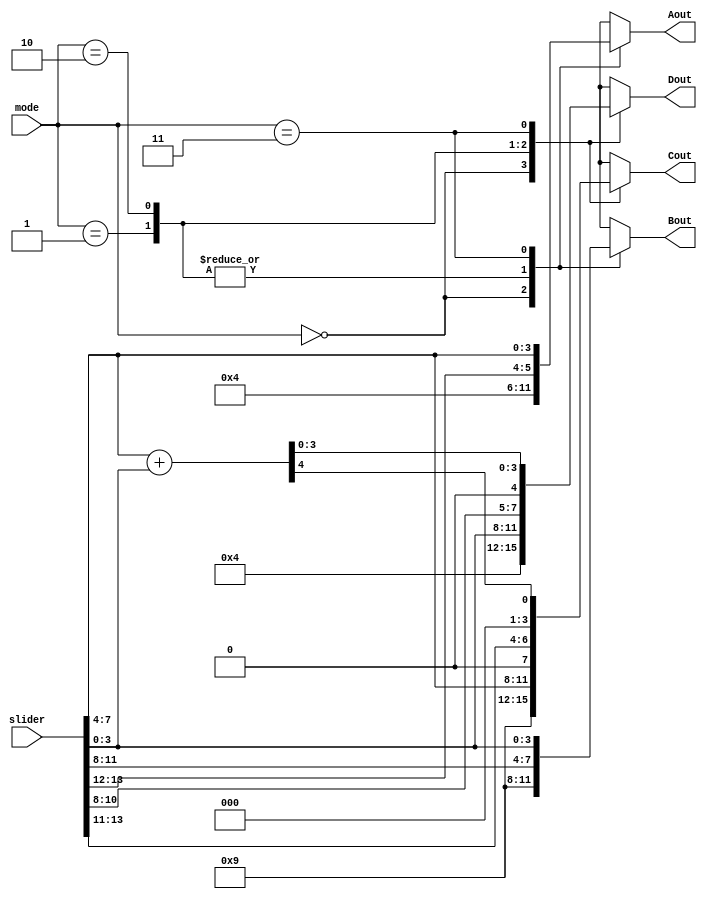
`timescale 1ns / 1ps
//////////////////////////////////////////////////////////////////////////////////
// Company: WPI
// 
// Design Name: Input Select
// Module Name: input_select
// Project Name: ECE 3829 Lab 1
// Target Devices: Basys 3 Board
// Tool Versions: 2021.1
// Description: 
// Input select for Lab 1 that contains pme 2=bit mode select input, one 14-bit slider value input, and four 4-bit display value input_select
// 4 different modes described in the lab are mapped to Mode 0, 1, 2 and 3
// Dependencies: 
// 
// Revision:
// Revision 0.01 - File Created
// Additional Comments:
// 
//////////////////////////////////////////////////////////////////////////////////


module input_select(
    input [1:0] mode,
    input [13:0] slider,
    output reg [3:0] Aout, // Left-most 7-seg display, A
    output reg [3:0] Bout, // 2nd 7-seg display, B
    output reg [3:0] Cout, // 3rd 7-seg display, C
    output reg [3:0] Dout // Right-most 7-seg display, D
    );
    
    reg [7:0] times2; // Register for mode 2 to keep output
    reg [4:0] sum; // Register for mode 3 to keep output
    
    always @ (*)
        case(mode)
        2'b00: // Mode 0: display last 4 of WPI ID
            begin
            Aout = 4'd1; // Display decimal values "1994"
            Bout = 4'd9;
            Cout = 4'd9;
            Dout = 4'd4;
            end
        2'b01: // Mode 1: display values of sliders in hex
            begin
            Aout = slider[13:12];
            Bout = slider[11:8];
            Cout = slider[7:4];
            Dout = slider[3:0];
            end
        2'b10: // Mode 2:
            begin
            times2 = (slider[13:8] << 1); // Multiply slider values by 2 (shift left by 1)
            Aout = slider[13:12];
            Bout = slider[11:8];
            Cout = times2[6:4];
            Dout = times2[3:0]; 
            end
        2'b11: // Mode 3
            begin
            sum = (slider[7:4] + slider[3:0]); // Add both slider values
            Aout = slider[7:4];
            Bout = slider[3:0];
            Cout = sum[4];
            Dout = sum[3:0];
            end
        endcase
        
endmodule